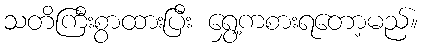
သတိကြီးစွာထားပြီး ရွှေ့ကစားရတော့မည်။